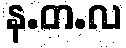
န.တ.လ